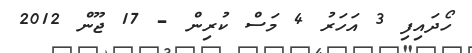
ހޯދައިފި 3 އަހަރު 4 މަސް ކުރިން - 17 ޖޫން 2012